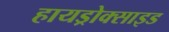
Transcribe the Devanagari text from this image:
हायड्रोक्साइड